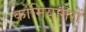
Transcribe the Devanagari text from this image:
कोमियागरों